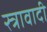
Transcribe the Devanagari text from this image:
स्त्रावादी